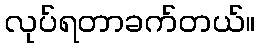
လုပ်ရတာခက်တယ်။